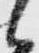
候